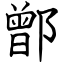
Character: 鄫